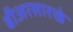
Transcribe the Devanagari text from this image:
बीअरसारखे